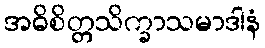
အဓိစိတ္တသိက္ခာသမာဒါနံ